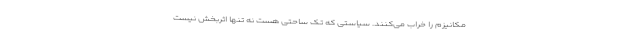
مکانیزم را خراب می‌کنند. سیاستی که تک ساحتی هست نه تنها اثربخش نیست